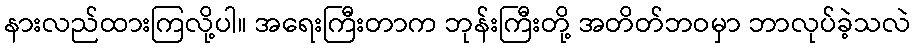
နားလည်ထားကြလို့ပါ။ အရေးကြီးတာက ဘုန်းကြီးတို့ အတိတ်ဘဝမှာ ဘာလုပ်ခဲ့သလဲ